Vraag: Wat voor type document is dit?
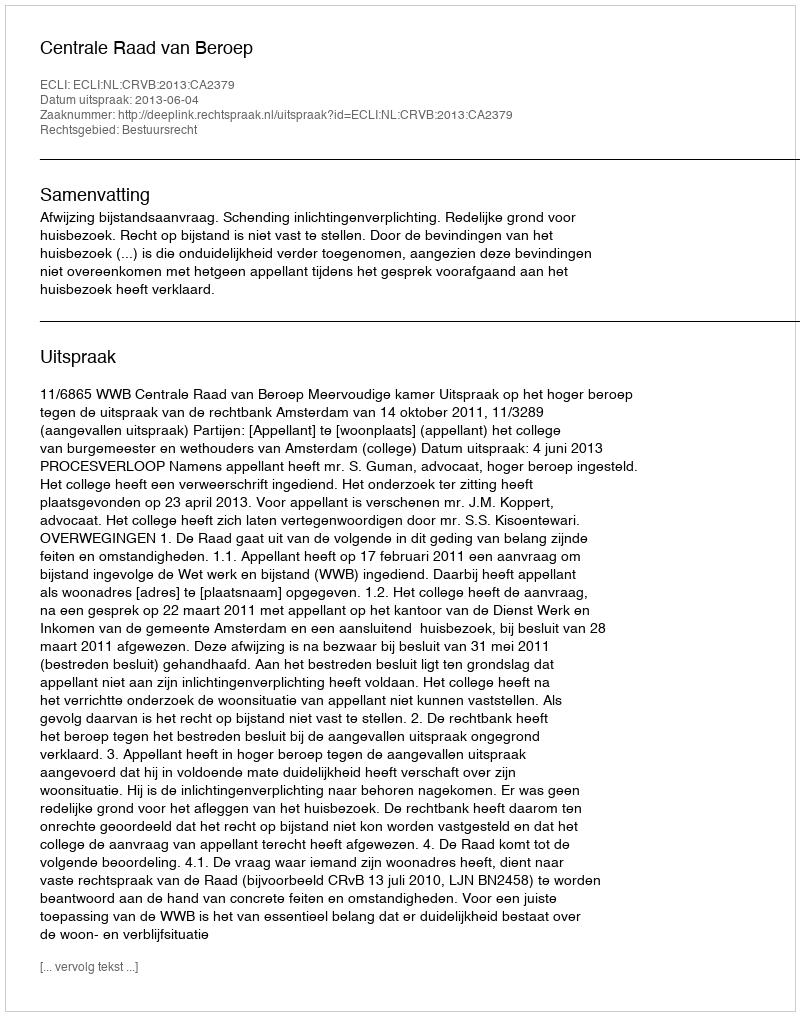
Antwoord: Uitspraak